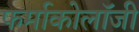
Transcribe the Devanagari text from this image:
फर्माकोलॉजी